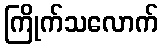
ကြိုက်သလောက်